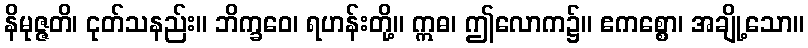
နိမုဇ္ဇတိ၊ ငုတ်သနည်း။ ဘိက္ခဝေ၊ ရဟန်းတို့။ ဣဓ၊ ဤလောက၌။ ဧကစ္စော၊ အချို့သော။